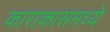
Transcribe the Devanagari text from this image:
काराकासमध्ये